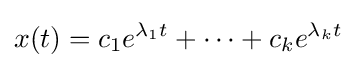
x(t)=c_{1}e^{\lambda _{1}t}+\cdots +c_{k}e^{\lambda _{k}t}